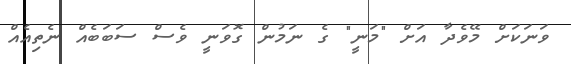
ވަނަކަށް މޭވެދާ އަށް "މަނީ" ގެ ނަމުން ގޮވަނީ ވެސް ސަބަބެއް ނެތިއެއް